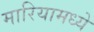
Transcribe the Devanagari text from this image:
मारियामध्ये